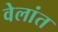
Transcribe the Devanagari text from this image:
वेलांत